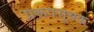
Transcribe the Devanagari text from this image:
प्ररूपसूचक